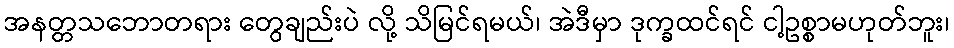
အနတ္တသဘောတရား တွေချည်းပဲ လို့ သိမြင်ရမယ်၊ အဲဒီမှာ ဒုက္ခထင်ရင် ငါ့ဥစ္စာမဟုတ်ဘူး၊